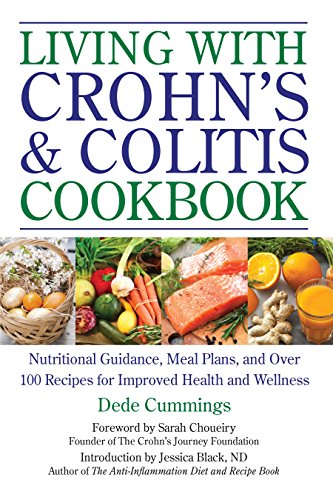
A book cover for Living with Crohn's & Colitis Cookbook: Nutritional Guidance, Meal Plans, and Over 100 Recipes for Improved Health and Wellness; Dede Cummings; Health, Fitness & Dieting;